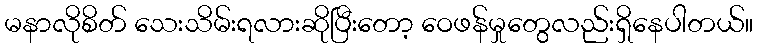
မနာလိုစိတ် သေးသိမ်းရလားဆိုပြီးတော့ ဝေဖန်မှုတွေလည်းရှိနေပါတယ်။